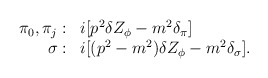
\begin{align*}\begin{array}{rl}\pi_0,\pi_j:&i[p^2\delta Z_{\phi}-m^2\delta_{\pi}]\\\sigma:&i[(p^2-m^2)\delta Z_{\phi}-m^2\delta_{\sigma}].\end{array}\end{align*}